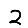
Digit: 2